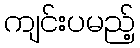
ကျင်းပမည့်